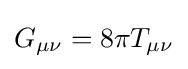
G_{\mu \nu }=8\pi T_{\mu \nu }